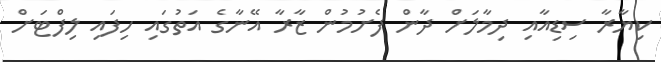
ކިޔާރާ ސިޑިއާއި ދިމާލަށް ދާން ފެށުމުން ޒާރާ އޭނާގެ އަތުގައި ހިފައި ލިފްޓަށް